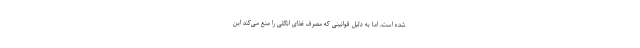
شده است، اما به دلیل قوانینی که مصرف غذای انگلی را منع می‌کند این